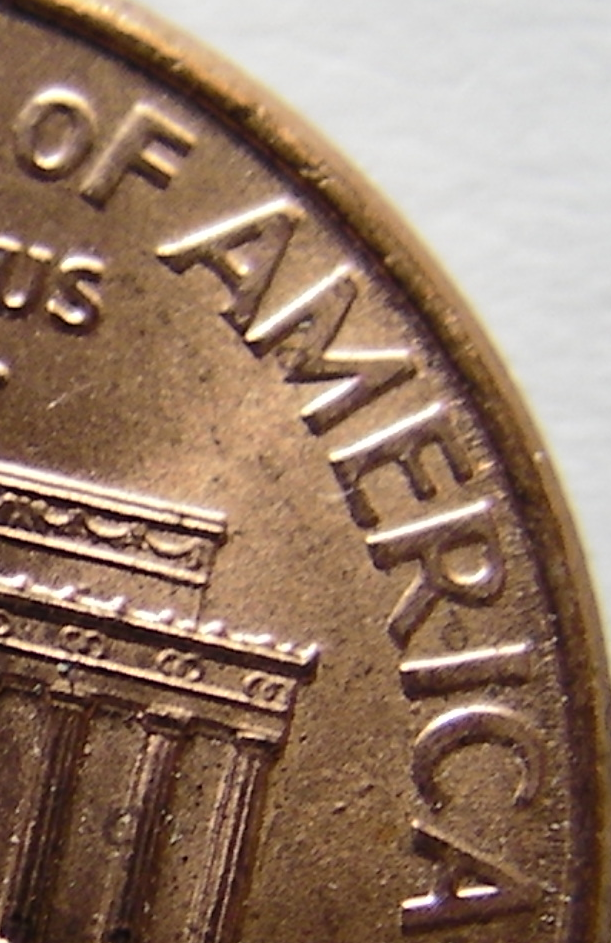
OF AMERICA